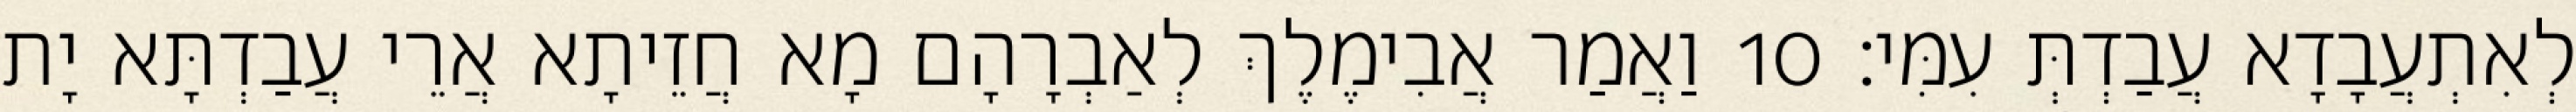
לְאִתְעֲבָדָא עֲבַדְתְּ עִמִּי׃ 10 וַאֲמַר אֲבִימֶלֶךְ לְאַבְרָהָם מָא חֲזֵיתָא אֲרֵי עֲבַדְתָּא יָת